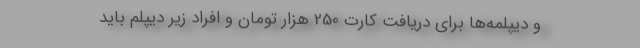
و دیپلمه‌ها برای دریافت کارت 250 هزار تومان و افراد زیر دیپلم باید